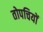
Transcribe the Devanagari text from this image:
तोपचियों